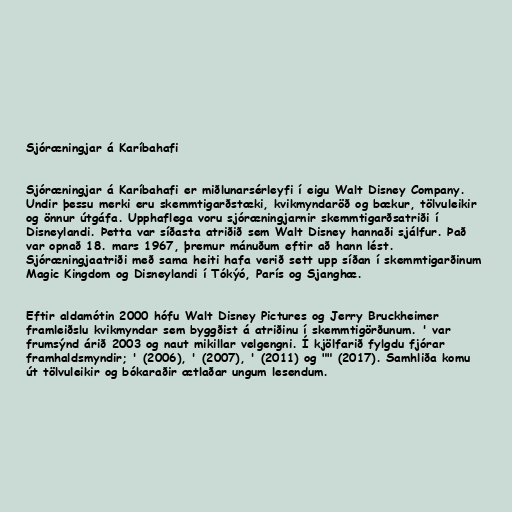
Sjóræningjar á Karíbahafi

Sjóræningjar á Karíbahafi er miðlunarsérleyfi í eigu Walt Disney Company.
Undir þessu merki eru skemmtigarðstæki, kvikmyndaröð og bækur, tölvuleikir
og önnur útgáfa. Upphaflega voru sjóræningjarnir skemmtigarðsatriði í
Disneylandi. Þetta var síðasta atriðið sem Walt Disney hannaði sjálfur. Það
var opnað 18. mars 1967, þremur mánuðum eftir að hann lést.
Sjóræningjaatriði með sama heiti hafa verið sett upp síðan í skemmtigarðinum
Magic Kingdom og Disneylandi í Tókýó, París og Sjanghæ.

Eftir aldamótin 2000 hófu Walt Disney Pictures og Jerry Bruckheimer
framleiðslu kvikmyndar sem byggðist á atriðinu í skemmtigörðunum. ' var
frumsýnd árið 2003 og naut mikillar velgengni. Í kjölfarið fylgdu fjórar
framhaldsmyndir; ' (2006), ' (2007), ' (2011) og "" (2017). Samhliða komu
út tölvuleikir og bókaraðir ætlaðar ungum lesendum.